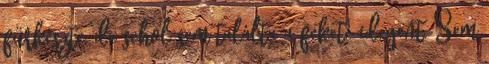
fürkészte, de sehol sem találta a fekete idegent. Sem